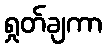
ရှုတ်ချကာ